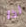
لذا